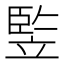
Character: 𥪡